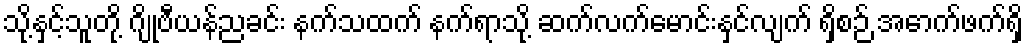
သို့နှင့်သူတို့ ဂျိုဗီယန်ညခင်း နက်သထက် နက်ရာသို့ ဆက်လက်မောင်းနှင်လျက် ရှိစဉ် အောက်ဖက်ရှိ